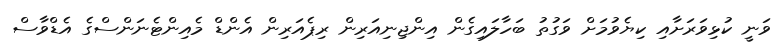
ވަނީ ކުޅިވަރަށާއި ކިޔެވުމަށް ވަގުތު ބަހާލައިގެން އިންޖިނިއަރިން ރިޕެއަރިން އެންޑް މެއިންޓެނަންސްގެ އެޑްވާސް